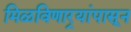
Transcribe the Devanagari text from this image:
मिळविणार्‍यांपासून